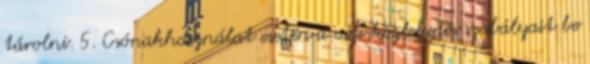
tárolni. 5. Csónakhasználat esetén a vízi közlekedés szabályait be